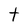
Character: t